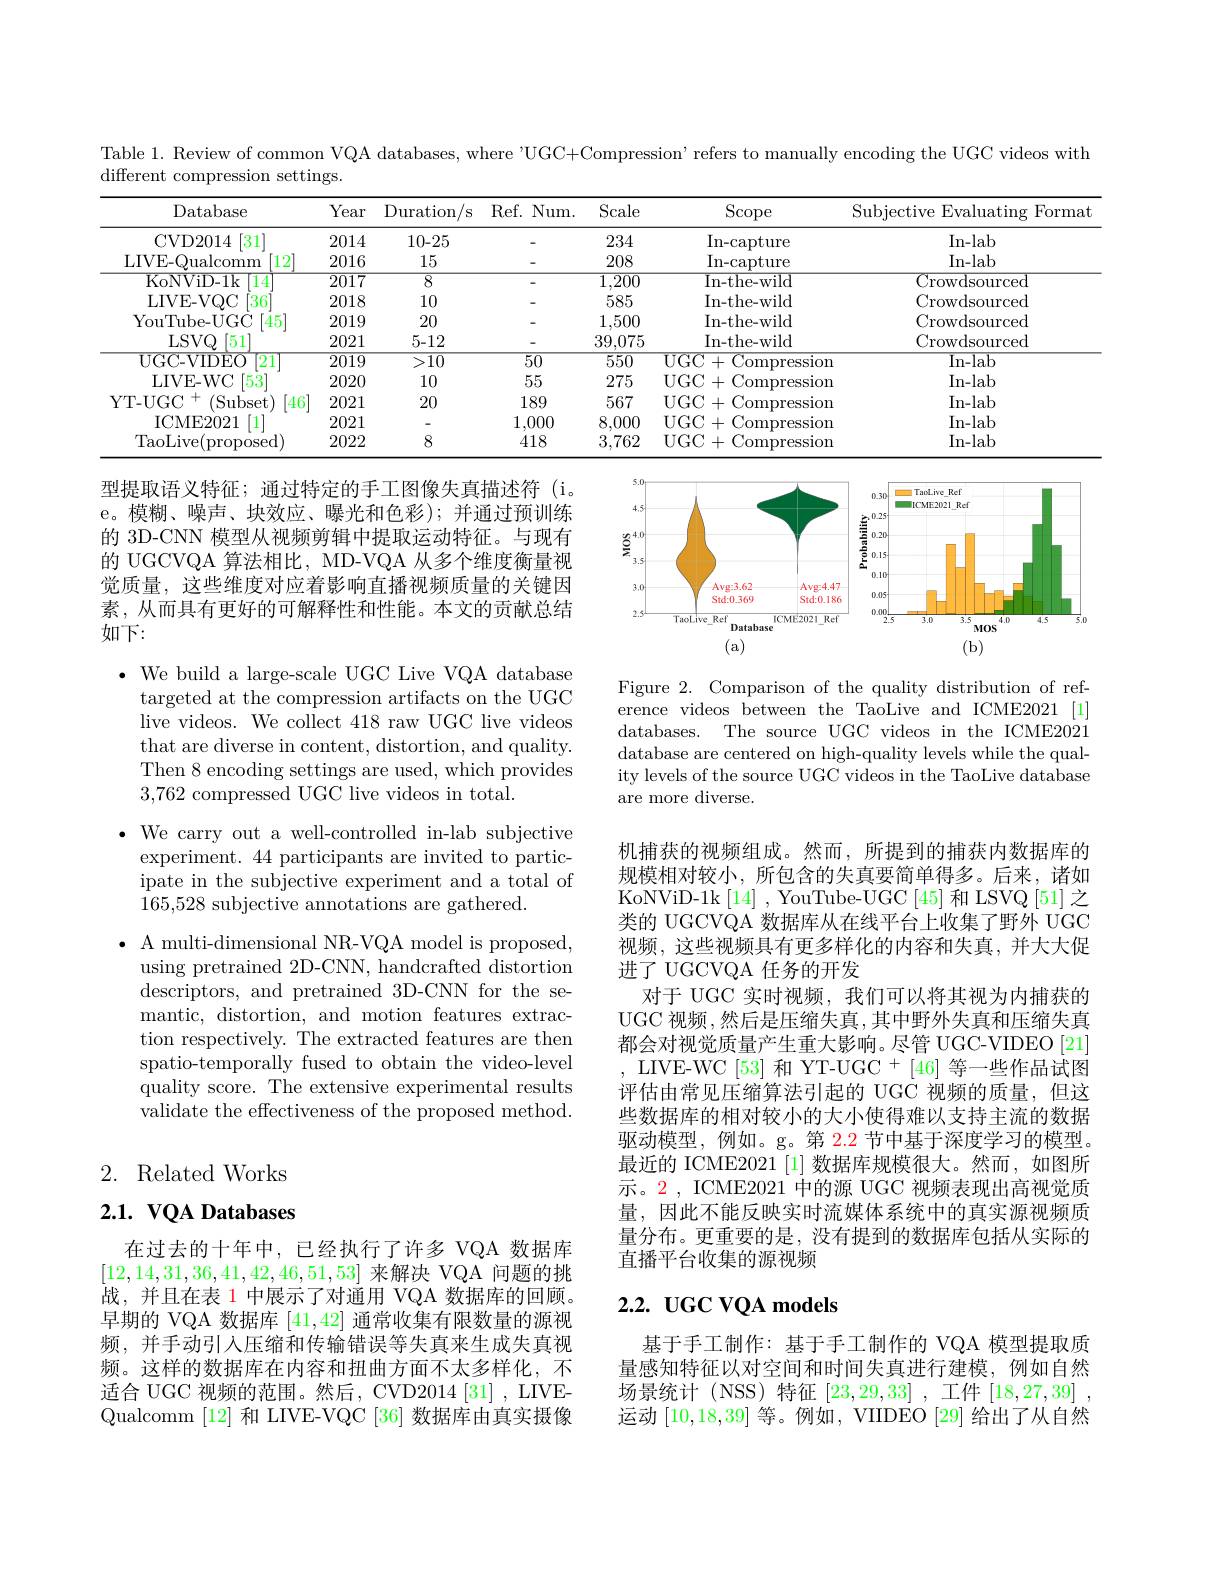
Table 1. Review of common VQA databases, where "UGC+Compression’ refers to manually encoding the UGC videos with

different compression settings.
<table>
	<tbody>
		<tr>
			<th>Database</th>
			<th>Year</th>
			<th>$\operatorname{Duration}$ $\mathbf{n/s}$</th>
			<th>Ref. $N$</th>
			<th>$\operatorname{Scope}$</th>
			<th>Subjective Evaluating Format</th>
		</tr>
		<tr>
			<td>CVD2014 $\lceil31\rceil$</td>
			<td>2014</td>
			<td>10-25</td>
			<td> </td>
			<td>In- capture</td>
			<td>In- lab</td>
		</tr>
		<tr>
			<td>LIVE- Qualcomm [12]</td>
			<td>2016</td>
			<td>15</td>
			<td> </td>
			<td>In- capture</td>
			<td>In- lab</td>
		</tr>
		<tr>
			<td>$\boxed{14}$ KoNViD- 1k</td>
			<td>$\overline{2017}$</td>
			<td>$\overline{8}$</td>
			<td> </td>
			<td>In-the-wild</td>
			<td>Crowdsourced</td>
		</tr>
		<tr>
			<td>LIVE- VQC $\lceil36\rceil$</td>
			<td>2018</td>
			<td>10</td>
			<td> </td>
			<td>In- the- wild</td>
			<td>Crowdsourced</td>
		</tr>
		<tr>
			<td>YouTube- UGC [45]</td>
			<td>2019</td>
			<td>20</td>
			<td> </td>
			<td>In- the- wild</td>
			<td>Crowdsourced</td>
		</tr>
		<tr>
			<td>LSVQ [51]</td>
			<td>2021</td>
			<td>5-12</td>
			<td> </td>
			<td>In- the- wild</td>
			<td>Crowdsourced</td>
		</tr>
		<tr>
			<td>UGC- VIDEO $\boxed{21}$</td>
			<td>$\overline{2019}$</td>
			<td>$\overline{>10}$</td>
			<td>$\overline{50}$</td>
			<td>UGC+ - Compressior</td>
			<td>In- lab</td>
		</tr>
		<tr>
			<td>LIVE- WC $53^{\prime}$</td>
			<td>2020</td>
			<td>10</td>
			<td>55</td>
			<td>UGC+ .1 Compressior</td>
			<td>In- lab</td>
		</tr>
		<tr>
			<td>(Subset) [46] YT- UGC 1</td>
			<td>2021</td>
			<td>20</td>
			<td>18!</td>
			<td>$\mathop{\mathrm{UGC}}+$ - Compressior</td>
			<td>In- lab</td>
		</tr>
		<tr>
			<td>$[1^{\prime}$ ICME2021</td>
			<td>2021</td>
			<td> </td>
			<td>1,00</td>
			<td>$\mathop{\mathrm{UGC}}+$ - Compressior</td>
			<td>In- lab</td>
		</tr>
		<tr>
			<td>TaoLive( proposed) </td>
			<td>2022</td>
			<td>8</td>
			<td>418</td>
			<td>UGC+ 1 Compressior</td>
			<td>In- lab</td>
		</tr>
	</tbody>
</table>

型提取语义特征；通过特定的手工图像失真描述符(i。e。模糊、噪声、块效应、曝光和色彩);并通过预训练的 3D-CNN 模型从视频剪辑中提取运动特征。与现有的 UGCVQA 算法相比，MD-VQA 从多个维度衡量视觉质量，这些维度对应着影响直播视频质量的关键因素，从而具有更好的可解释性和性能。本文的贡献总结如下：

<FigureHere>

Figure 2. Comparison of the quality distribution of reference videos between the TaoLive and ICME2021 [1] databases. The source UGC videos in the ICME2021 database are centered on high-quality levels while the quality levels of the source UGC videos in the TaoLive database are more diverse.

$\cdot$ We build a large-scale UGC Live VQA database
targeted at the compression artifacts on the UGC live videos. We collect 418 raw UGC live videos that are diverse in content, distortion, and quality. Then 8 encoding settings are used, which provides 3,762 compressed UGC live videos in total.
$\bullet$ We carry out a well-controlled in-lab subjective
experiment. 44 participants are invited to participate in the subjective experiment and a total of $\dot{1}65,528$ subjective annotations are gathered.
$\bullet$ A multi-dimensional NR-VQA model is proposed,
using pretrained 2D-CNN, handcrafted distortion descriptors, and pretrained 3D-CNN for the semantic, distortion, and motion features extraction respectively. The extracted features are then spatio-temporally fused to obtain the video-level quality score. The extensive experimental results validate the effectiveness of the proposed method.

机捕获的视频组成。然而，所提到的捕获内数据库的规模相对较小，所包含的失真要简单得多。后来，诸如KoNViD-1k$\left[14\right]$, YouTube-UGC$\left[45\right]$和 LSVQ$\left[51\right]$之类的 UGCVQA 数据库从在线平台上收集了野外 UGC 视频，这些视频具有更多样化的内容和失真，并大大促进了 UGCVQA 任务的开发
对于 UGC 实时视频，我们可以将其视为内捕获的UGC 视频 ,然后是压缩失真，其中野外失真和压缩失真都会对视觉质量产生重大影响。尽管 UGC-VIDEO[21] , LIVE-WC [53] 和 YT-UGC + [46] 等一些作品试图评估由常见压缩算法引起的 UGC 视频的质量，但这些数据库的相对较小的大小使得难以支持主流的数据驱动模型，例如。g。第 2.2 节中基于深度学习的模型。最近的 ICME2021 [1] 数据库规模很大。然而，如图所示。2, ICME2021 中的源 UGC 视频表现出高视觉质量，因此不能反映实时流媒体系统中的真实源视频质量分布。更重要的是，没有提到的数据库包括从实际的直播平台收集的源视频

# 2. Related Works

# $2. 1. \textbf{ VQA Databases}$

## 2.2. UGC VQA models

在过去的十年中，已经执行了许多 VQA 数据库[12,14,31,36,41,42,46,51,53]来解决 VQA 问题的挑战，并且在表 1 中展示了对通用 VQA 数据库的回顾。早期的 VQA 数据库[41,42]通常收集有限数量的源视频，并手动引人压缩和传输错误等失真来生成失真视频。这样的数据库在内容和扭曲方面不太多样化，不适合 UGC 视频的范围。然后，CVD2014[31] , LIVEQualcomm [12]和 LIVE-VQC [36]数据库由真实摄像

基于手工制作：基于手工制作的 VQA 模型提取质量感知特征以对空间和时间失真进行建模，例如自然场景统计 (NSS) 特征[23,29,33] ,工件[18,27,39] , 运动[10,18,39]等。例如，VIIDEO [29]给出了从自然